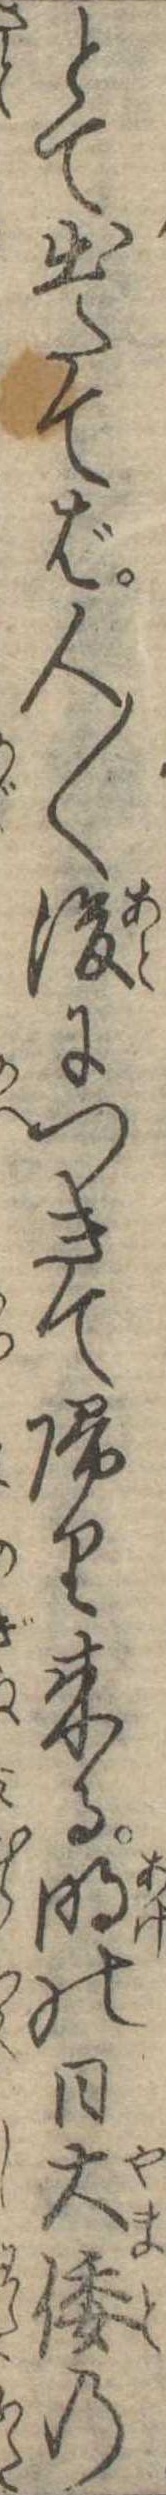
とて出たてば人〱後につきて帰り来る明の日大倭の